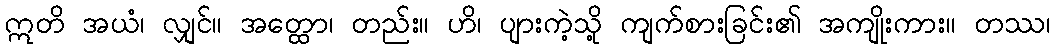
ဣတိ အယံ၊ လျှင်။ အတ္ထော၊ တည်း။ ဟိ၊ ပျားကဲ့သို့ ကျက်စားခြင်း၏ အကျိုးကား။ တဿ၊